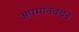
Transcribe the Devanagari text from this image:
अपमानवचन